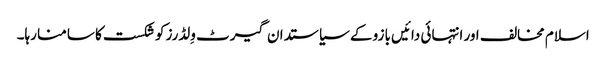
اسلام مخالف اور انتہائی دائیں بازو کے سیاستدان گیرٹ وِلڈرز کو شکست کا سامنا رہا۔